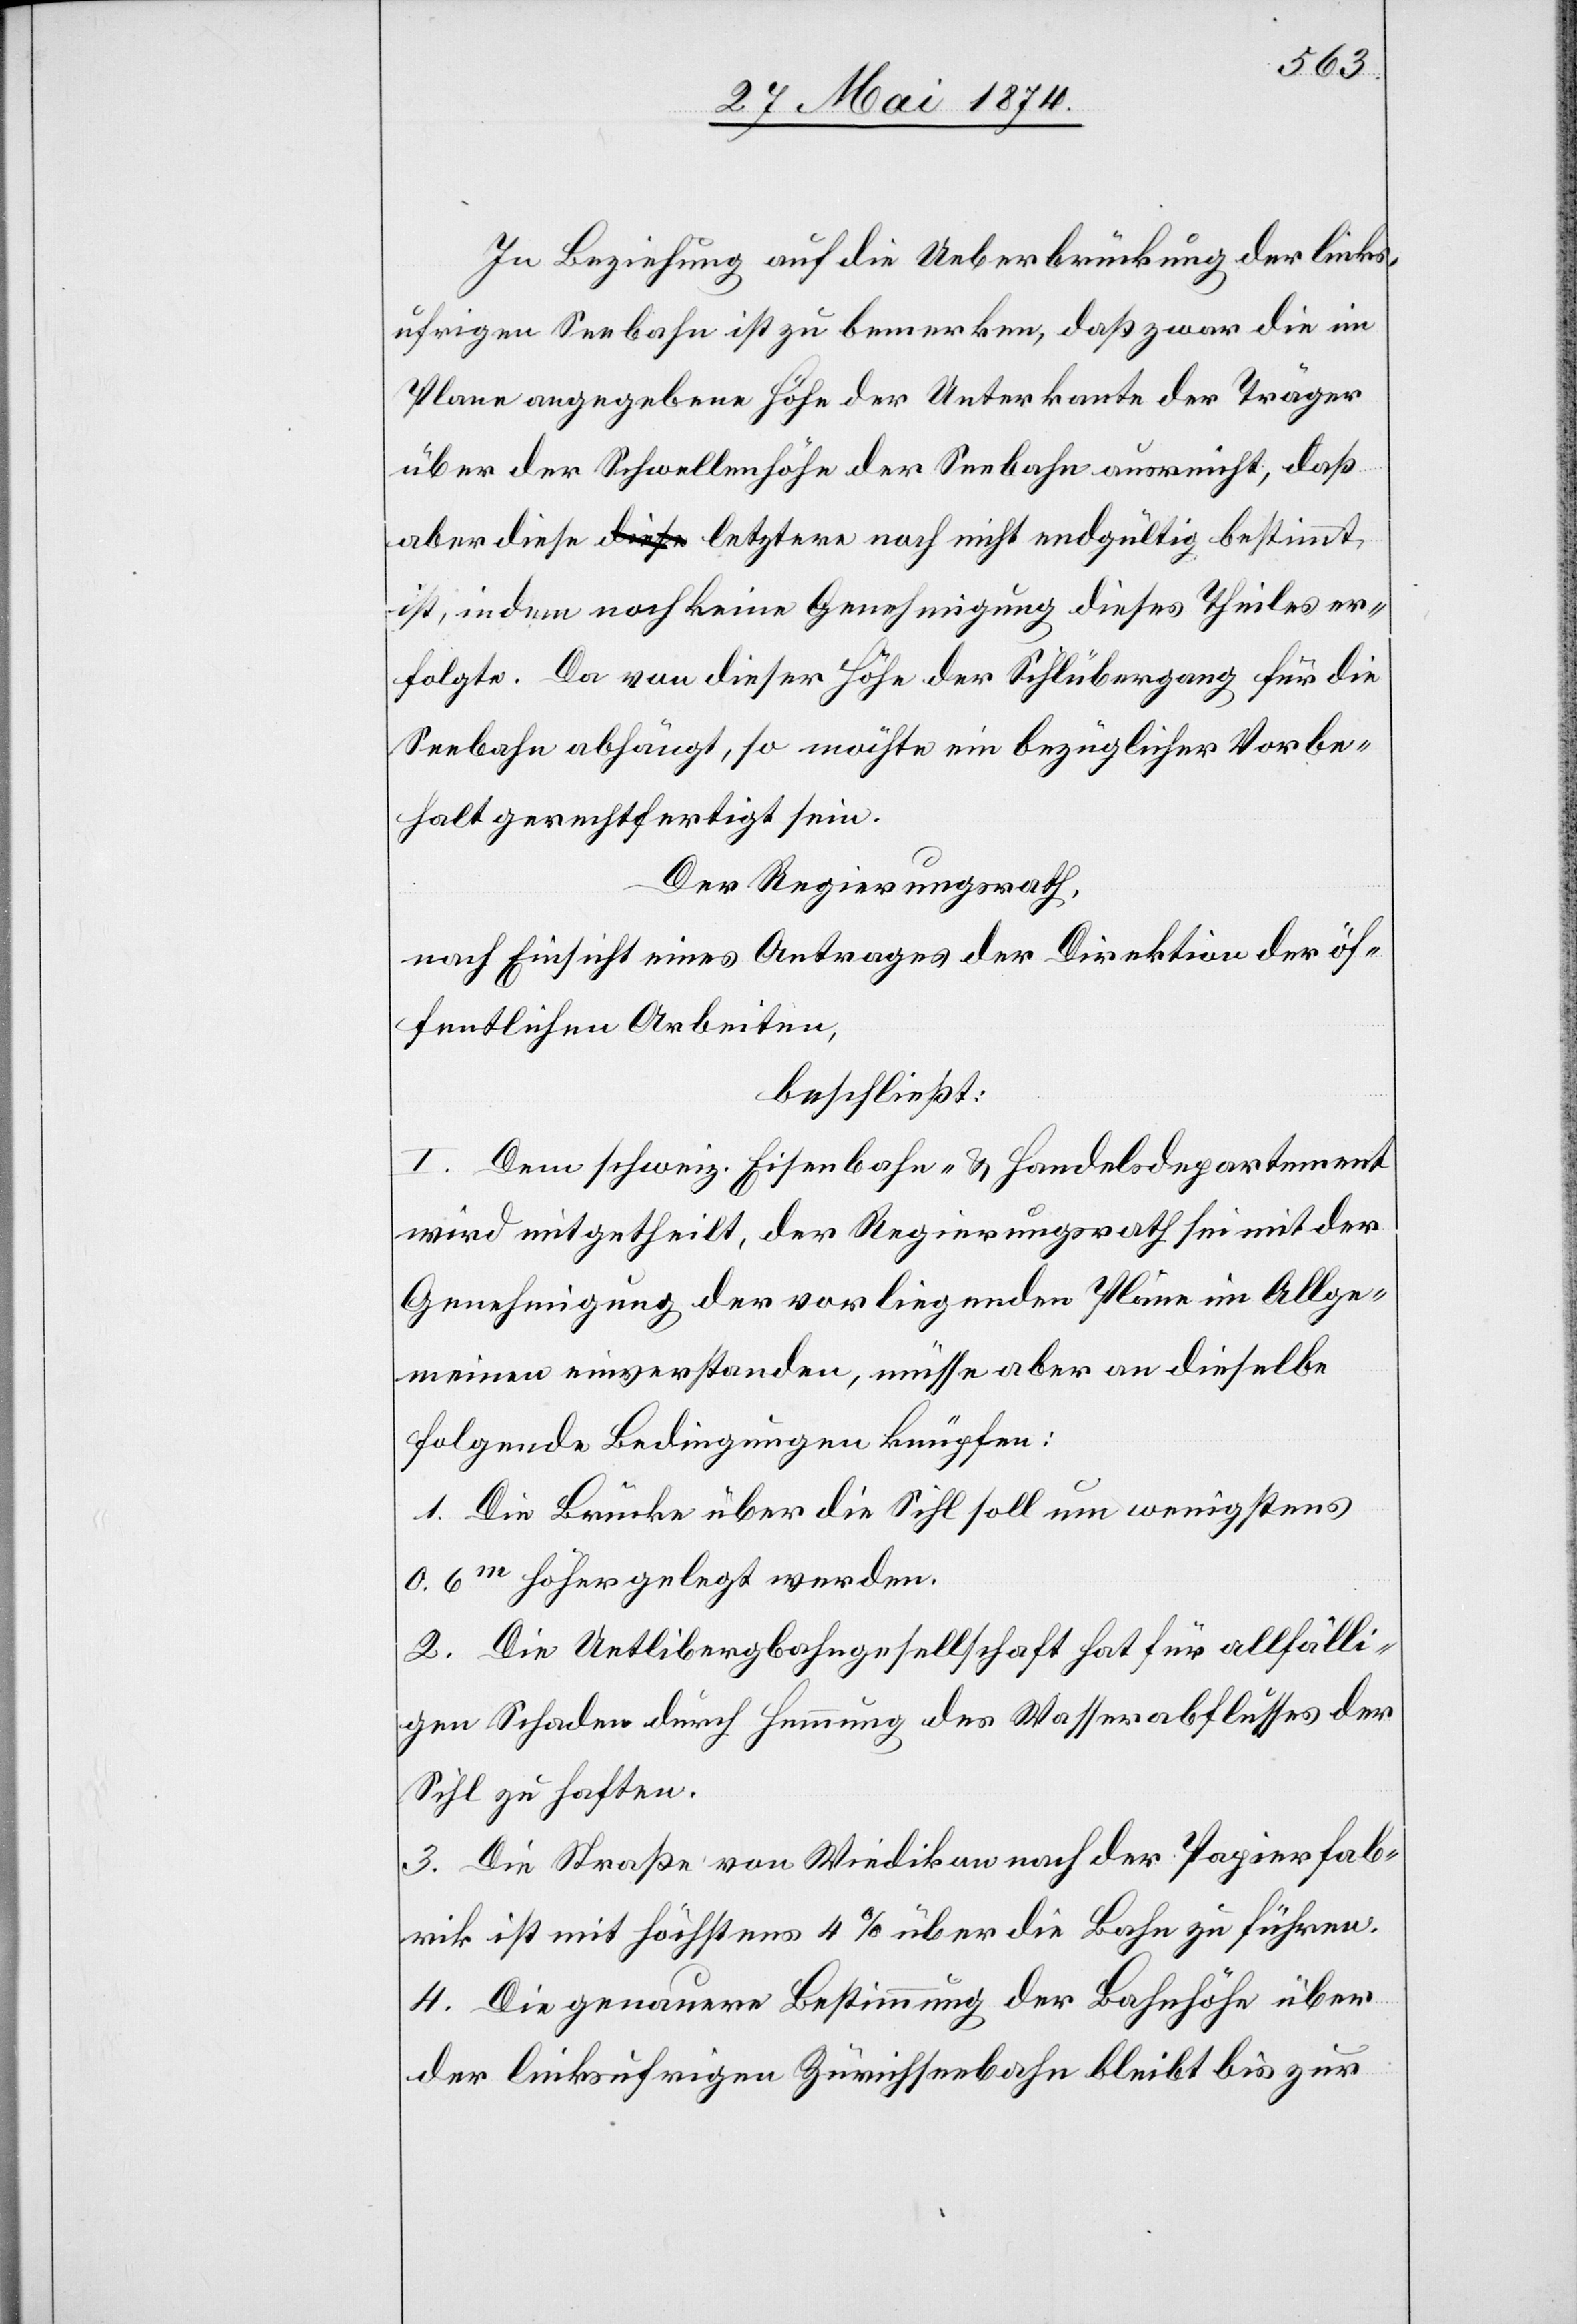
In Beziehung auf die Ueberbrückung der links¬
ufrigen Seebahn ist zu bemerken, daß zwar die im
Plane angegebene Höhe der Unterkante der Träger
über der Schwellenhöhe der Seebahn ausreicht, daß
aber diese letztere noch nicht endgültig bestimmt
ist, indem noch keine Genehmigung dieses Theiles er¬
folgte. Da von dieser Höhe der Sihlübergang für die
Seebahn abhängt, so möchte ein bezüglicher Vorbe¬
halt gerechtfertigt sein.
Der Regierungsrath,
nach Einsicht eines Antrages der Direktion der öf¬
fentlichen Arbeiten,
beschließt:
I. Dem schweiz. Eisenbahn- u. Handelsdepartement
wird mitgetheilt, der Regierungsrath sei mit der
Genehmigung der vorliegenden Pläne im Allge¬
meinen einverstanden, müsse aber an dieselbe
folgende Bedingungen knüpfen:
1. Die Brücke über die Sihl soll um wenigstens
0.6m höher gelegt werden.
2. Die Uetlibergbahngesellschaft hat für allfäli¬
gen Schaden durch Hemmung des Wasserabflusses der
Sihl zu haften.
3. De Straße von Wiedikon nach der Papierfab¬
rik ist mit höchstens 4% über die Bahn zu führen.
4. Die genauere Bestimmung der Bahnhöhe über
der linksufrigen Zürichseebahn bleibt bis zur